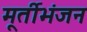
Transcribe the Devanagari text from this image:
मूर्तीभंजन